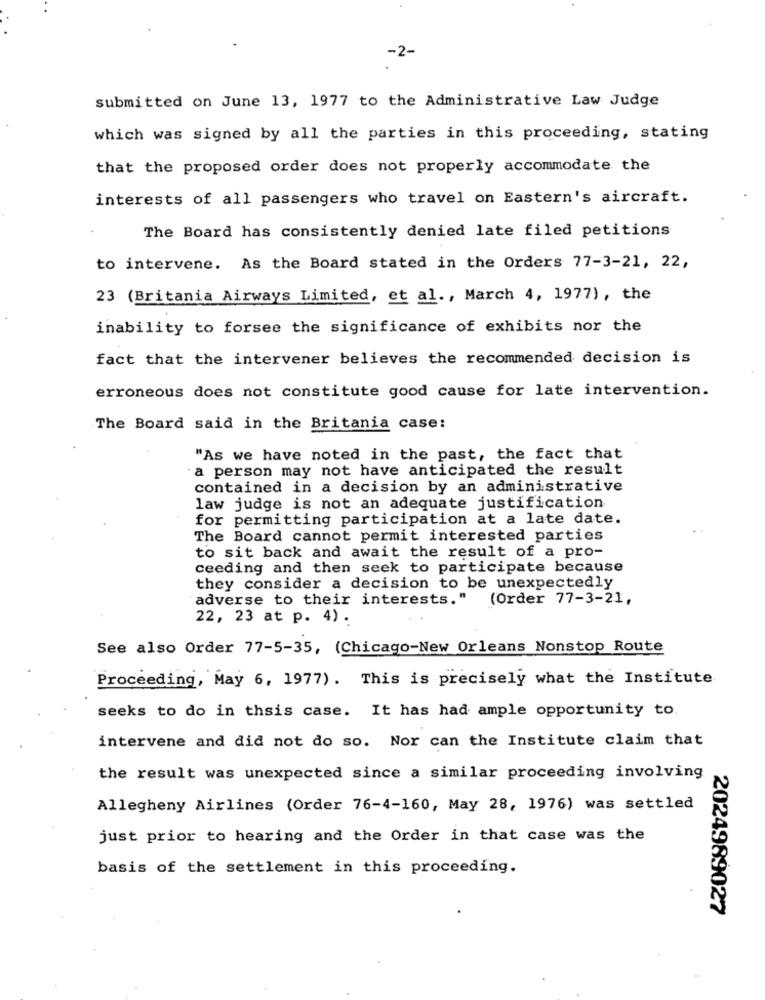
-2-
submitted on June 13, 1977 to the Administrative Law Judge
which was signed by all the parties in this proceeding, stating
that the proposed order does not properly accommodate the
interests of all passengers who travel on Eastern's aircraft.
The Board has consistently denied late filed petitions
to intervene. As the Board stated in the Orders 77-3-21, 22,
23 (Britania Airways Limited, et al ., March 4, 1977), the
inability to forsee the significance of exhibits nor the
fact that the intervener believes the recommended decision is
erroneous does not constitute good cause for late intervention.
The Board said in the Britania case:
"As we have noted in the past, the fact that
a person may not have anticipated the result
contained in a decision by an administrative
law judge is not an adequate justification
for permitting participation at a late date.
The Board cannot permit interested parties
to sit back and await the result of a pro-
ceeding and then seek to participate because
they consider a decision to be unexpectedly
adverse to their interests."
(Order 77-3-21,
22, 23 at p. 4) .
See also Order 77-5-35, (Chicago-New Orleans Nonstop Route
Proceeding, May 6, 1977) . This is precisely what the Institute
seeks to do in thsis case. It has had ample opportunity to.
intervene and did not do so. Nor can the Institute claim that
the result was unexpected since a similar proceeding involving
Allegheny Airlines (Order 76-4-160, May 28, 1976) was settled
just prior to hearing and the Order in that case was the
basis of the settlement in this proceeding.
2024989027